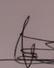
Signature authenticity: genuine